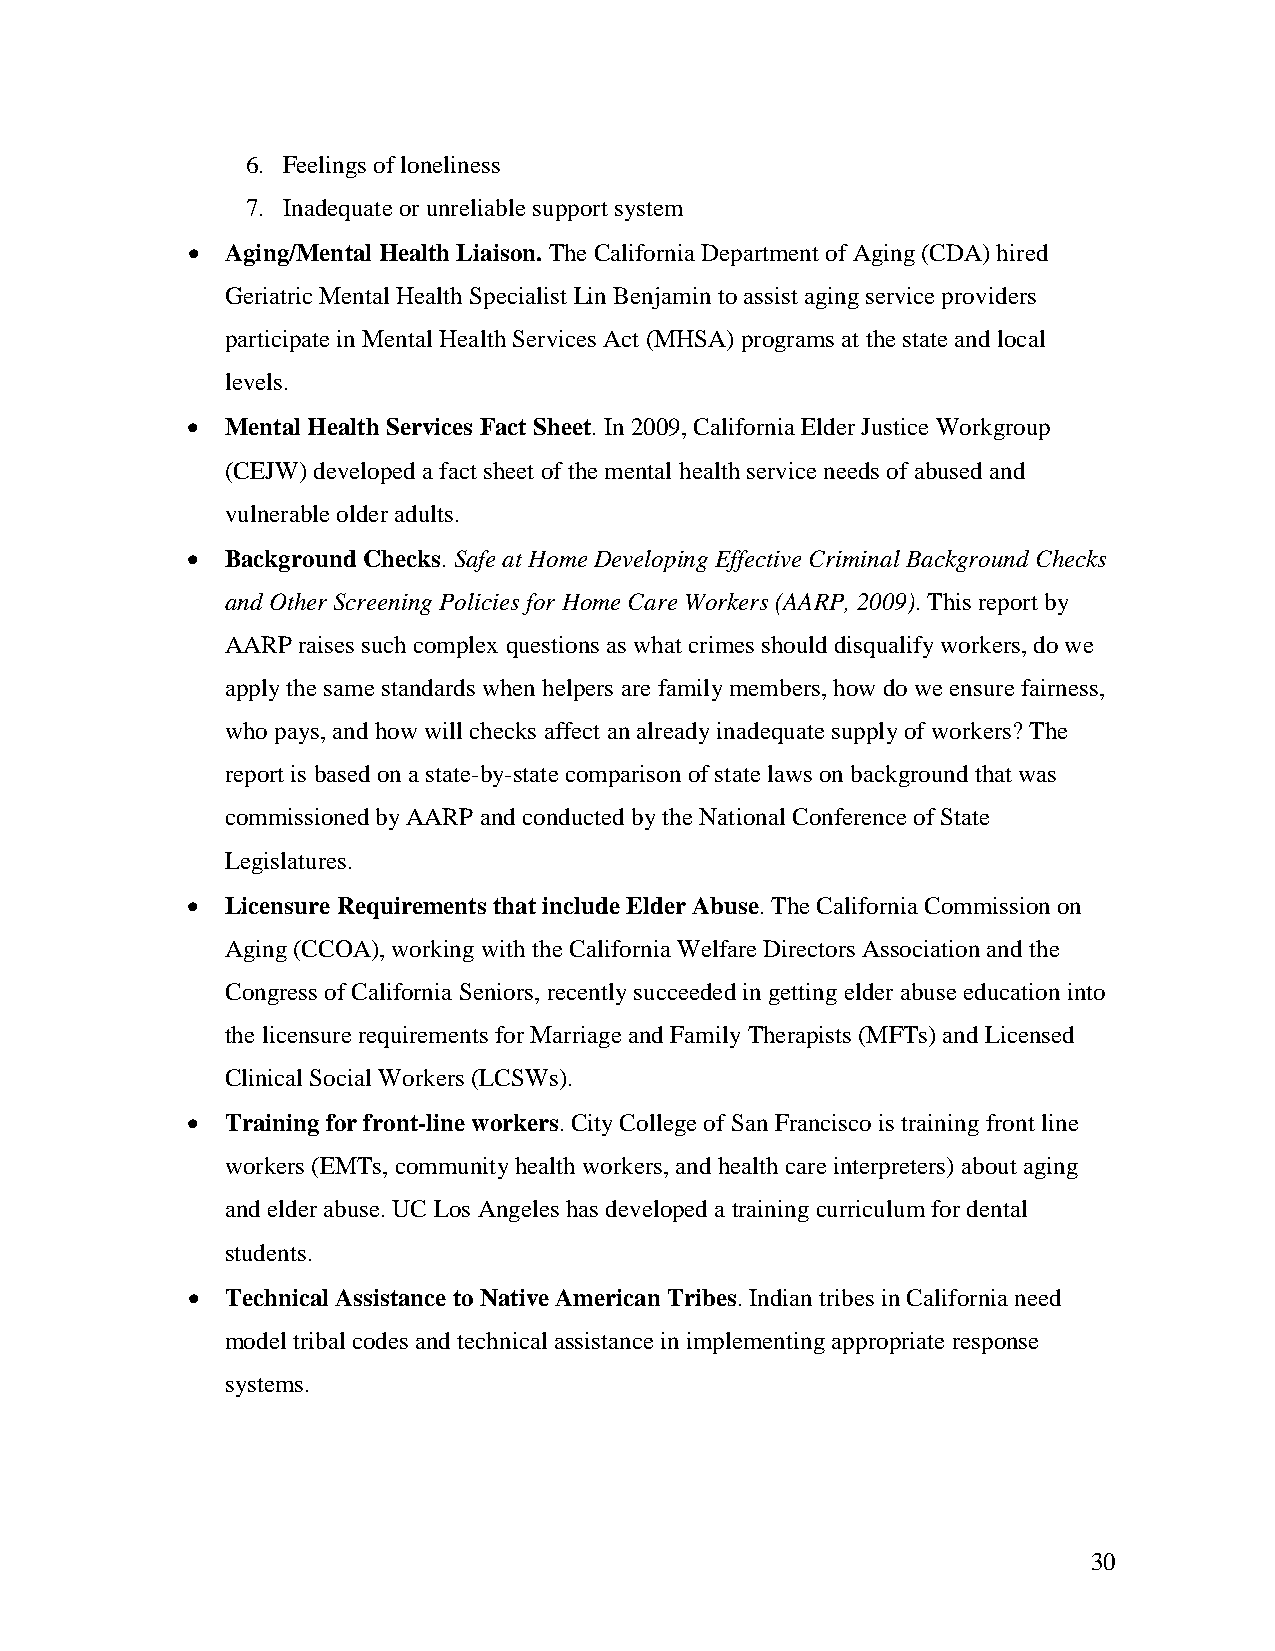
6. Feelings of loneliness
 7. Inadequate or unreliable support system
 •  Aging/Mental Health Liaison. The California Department of Aging (CDA) hired
 Geriatric Mental Health Specialist Lin Benjamin to assist aging service providers
 participate in Mental Health Services Act (MHSA) programs at the state and local
 levels.
 •  Mental Health Services Fact Sheet. In 2009, California Elder Justice Workgroup
 (CEJW) developed a fact sheet of the mental health service needs of abused and
 vulnerable older adults.
 •  Background Checks. Safe at Home Developing Effective Criminal Background Checks
 and Other Screening Policies for Home Care Workers (AARP, 2009). This report by
 AARP raises such complex questions as what crimes should disqualify workers, do we
 apply the same standards when helpers are family members, how do we ensure fairness,
 who pays, and how will checks affect an already inadequate supply of workers? The
 report is based on a state-by-state comparison of state laws on background that was
 commissioned by AARP and conducted by the National Conference of State
 Legislatures.
 •  Licensure Requirements that include Elder Abuse. The California Commission on
 Aging (CCOA), working with the California Welfare Directors Association and the
 Congress of California Seniors, recently succeeded in getting elder abuse education into
 the licensure requirements for Marriage and Family Therapists (MFTs) and Licensed
 Clinical Social Workers (LCSWs).
 •  Training for front-line workers. City College of San Francisco is training front line
 workers (EMTs, community health workers, and health care interpreters) about aging
 and elder abuse. UC Los Angeles has developed a training curriculum for dental
 students.
 •  Technical Assistance to Native American Tribes. Indian tribes in California need
 model tribal codes and technical assistance in implementing appropriate response
 systems.
 30